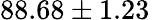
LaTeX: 88.68\pm 1.23\